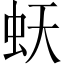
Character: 𧉂